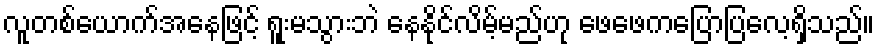
လူတစ်ယောက်အနေဖြင့် ရူးမသွားဘဲ နေနိုင်လိမ့်မည်ဟု ဖေဖေကပြောပြလေ့ရှိသည်။